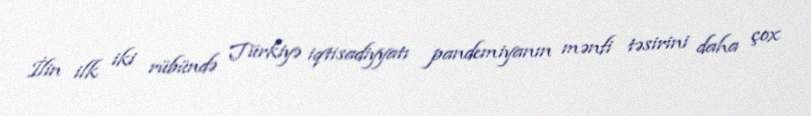
İlin ilk iki rübündə Türkiyə iqtisadiyyatı pandemiyanın mənfi təsirini daha çox